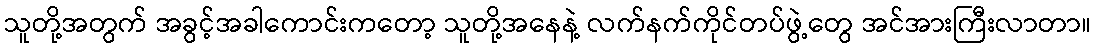
သူတို့အတွက် အခွင့်အခါကောင်းကတော့ သူတို့အနေနဲ့ လက်နက်ကိုင်တပ်ဖွဲ့တွေ အင်အားကြီးလာတာ။